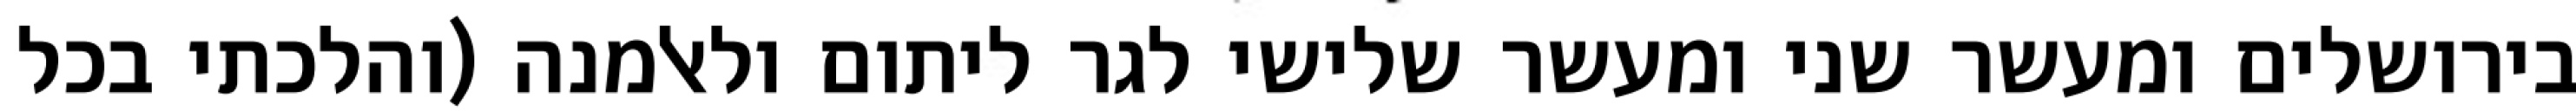
בירושלים ומעשר שני ומעשר שלישי לגר ליתום ולאלמנה (והלכתי בכל